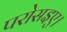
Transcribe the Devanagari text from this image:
परोसइए।